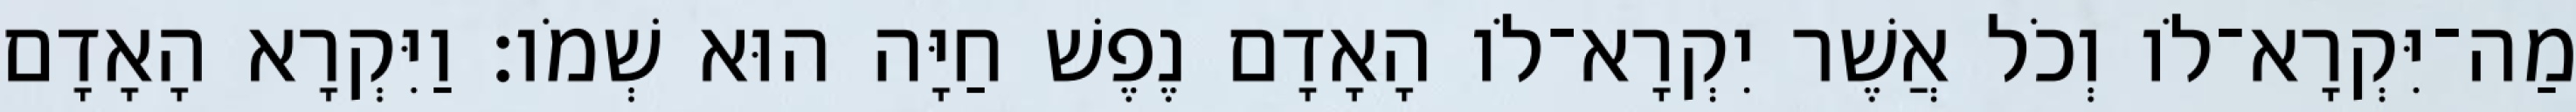
מַה־יִּקְרָא־לֹו וְכֹל אֲשֶׁר יִקְרָא־לֹו הָאָדָם נֶפֶשׁ חַיָּה הוּא שְׁמֹו׃ וַיִּקְרָא הָאָדָם